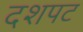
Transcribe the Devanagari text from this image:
दशपट